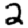
Digit: 2